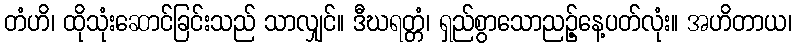
တံဟိ၊ ထိုသုံးဆောင်ခြင်းသည် သာလျှင်။ ဒီဃရတ္တံ၊ ရှည်စွာသောညဉ့်နေ့ပတ်လုံး။ အဟိတာယ၊